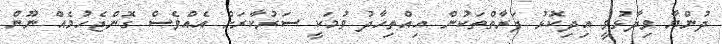
ދުންޔާ ވިދާޅުވީ އިދިކޮޅު ފަރާތްތަކުން އިއްތިހާދު ވުމަކީ ސަރުކާރަށް އެއްވެސް ގޮންޖެހުމެއް ނޫން